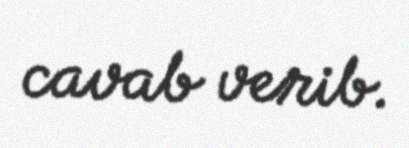
cavab verib.